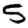
Digit: 5